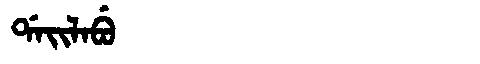
Manchu: ᡩᠠᡳᠯᠠᠪᡠ
Romanization: DAILABU